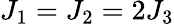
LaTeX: J_{1}=J_{2}=2J_{3}